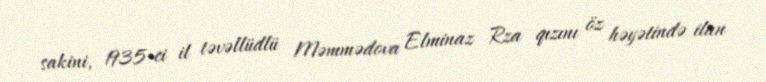
sakini, 1935-ci il təvəllüdlü Məmmədova Elminaz Rza qızını öz həyətində ilan